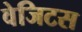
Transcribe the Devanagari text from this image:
वेजिटस